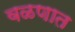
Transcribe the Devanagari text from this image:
वळणात